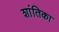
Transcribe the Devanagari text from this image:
शांतिका